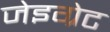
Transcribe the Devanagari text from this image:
जेइग्रेट